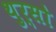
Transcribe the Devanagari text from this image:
थुर्सो